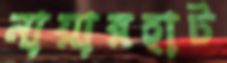
নায়ারহাট